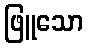
ဖြူသော